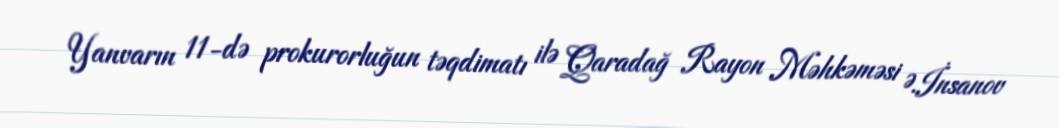
Yanvarın 11-də prokurorluğun təqdimatı ilə Qaradağ Rayon Məhkəməsi Ə.İnsanov